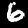
Label: 6